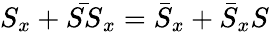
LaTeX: S_{x}+\bar{SS}_{x}=\bar{S}_{x}+\bar{S}_{x}S